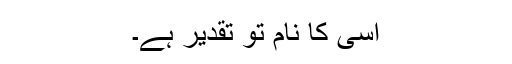
اسی کا نام تو تقدیر ہے۔